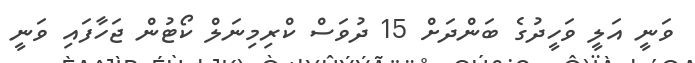
ވަނީ އަލީ ވަހީދުގެ ބަންދަށް 15 ދުވަސް ކްރިމިނަލް ކޯޓުން ޖަހާފައި ވަނީ